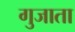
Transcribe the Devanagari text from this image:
गुजाता